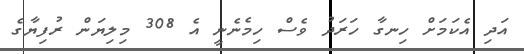
އަދި އެކަމަށް ހިނގާ ހަރަދު ވެސް ހިމެނެނީ އެ 308 މިލިޔަން ރުފިޔާގެ